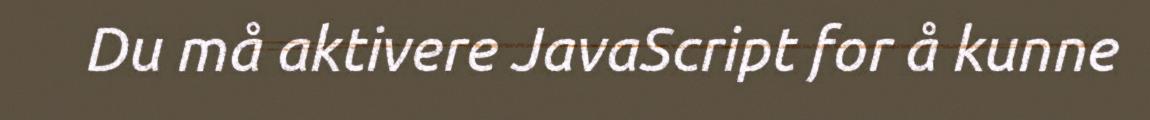
Du må aktivere JavaScript for å kunne